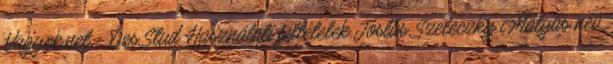
Vagyok.net - Des.Stud Használati feltételek Jóslás Szeleczky Mátyás név